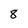
Character: 8